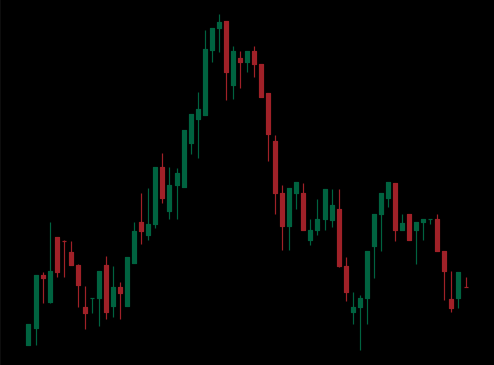
Pattern: head_shoulders